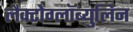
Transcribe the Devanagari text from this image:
लैक्टोग्लॉब्युलिन